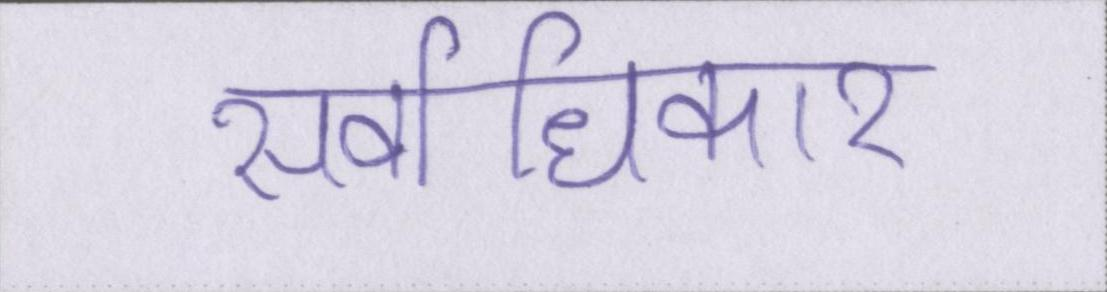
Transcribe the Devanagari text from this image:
सर्वाधिकार